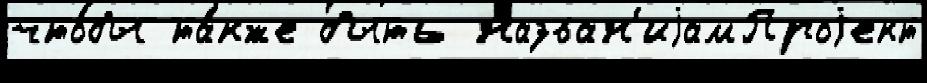
что́бы та́кже быть назван'иjамПроjект